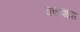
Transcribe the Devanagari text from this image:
कलशास